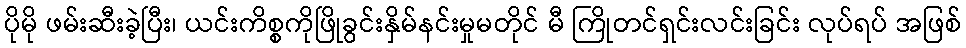
ပိုမို ဖမ်းဆီးခဲ့ပြီး၊ ယင်းကိစ္စကိုဖြိုခွင်းနှိမ်နင်းမှုမတိုင် မီ ကြိုတင်ရှင်းလင်းခြင်း လုပ်ရပ် အဖြစ်